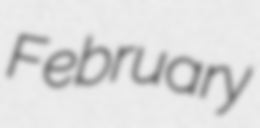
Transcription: February